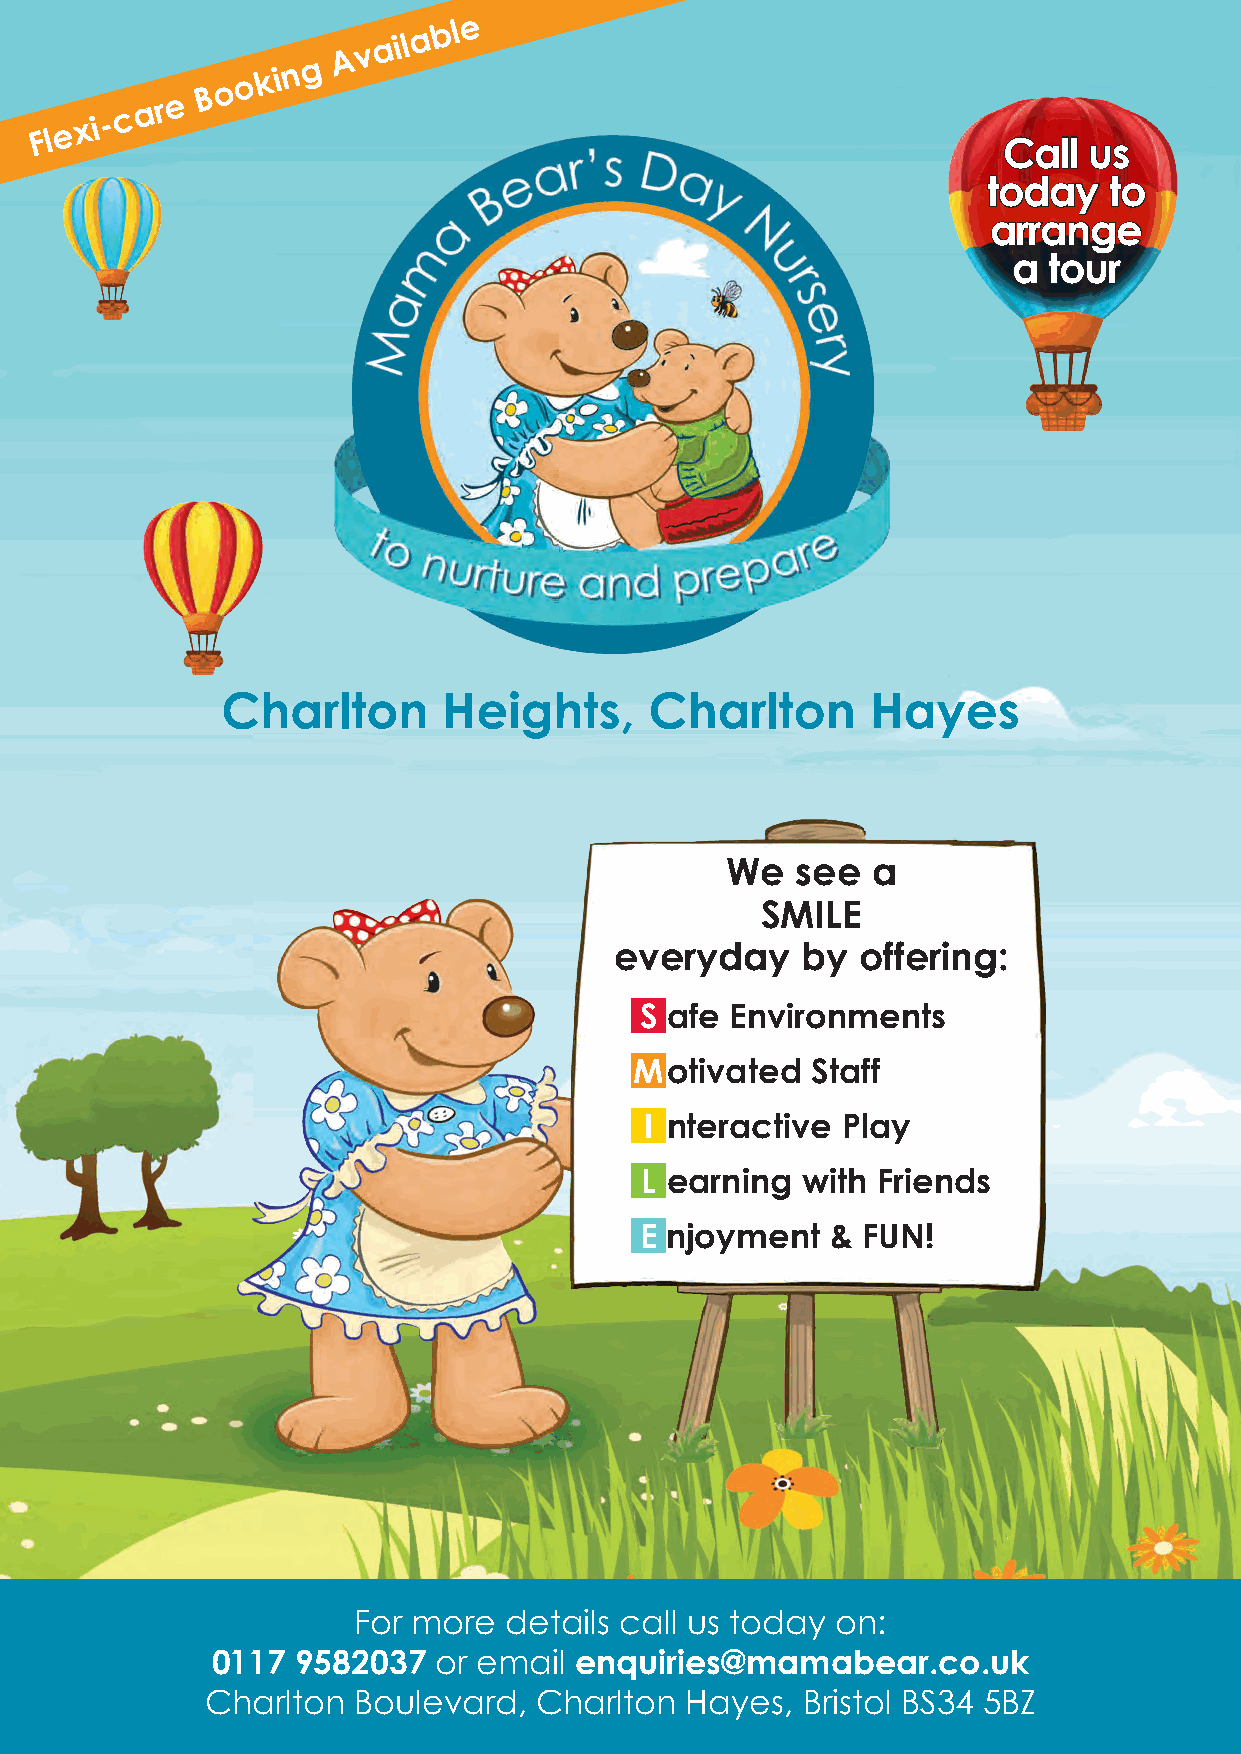
A v a i l a b l e
 F l e x i - c a r e
 B o o k i n g
 Call  us
 today   to
 arrange
 a tour
 Charlton      Heights,      Charlton       Hayes
 We   see  a
 SMILE
 everyday    by  offering:
 S afe Environments
 Motivated   Staff
 I nteractive Play
 L earning  with Friends
 E njoyment   & FUN!
 For more  details call us today on:
 0117  9582037  or email enquiries@mamabear.co.uk
 Charlton Boulevard,   Charlton Hayes,  Bristol BS34 5BZ